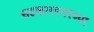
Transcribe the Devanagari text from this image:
सहकारनगरच्या